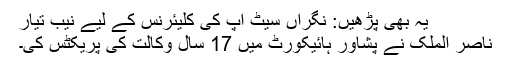
یہ بھی پڑھیں: نگراں سیٹ اپ کی کلیئرنس کے لیے نیب تیار
ناصر الملک نے پشاور ہائیکورٹ میں 17 سال وکالت کی پریکٹس کی۔